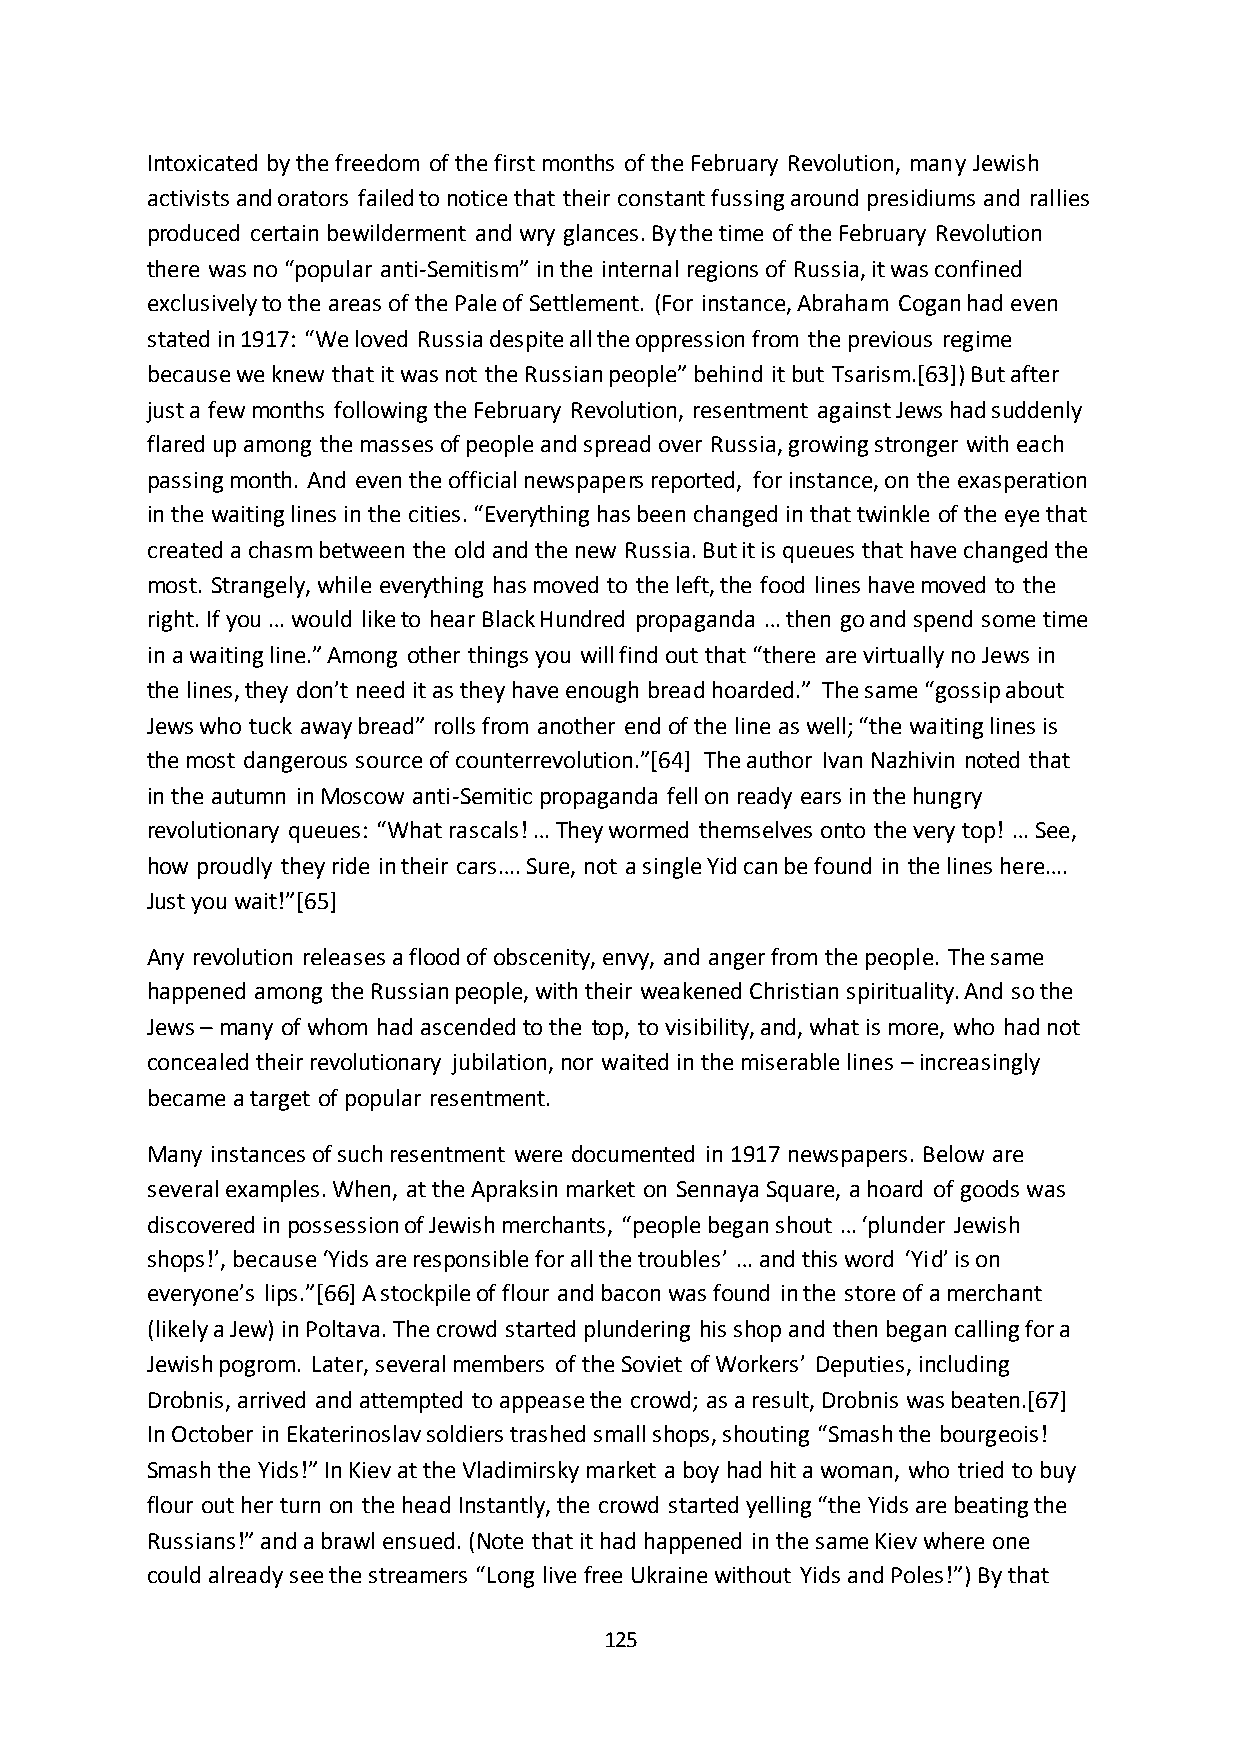
Intoxicated by the freedom of the first months of the February Revolution, many Jewish
 activists and orators failed to notice that their constant fussing around presidiums and rallies
 produced certain bewilderment and wry glances. By the time of the February Revolution
 there was no “popular anti-Semitism” in the internal regions of Russia, it was confined
 exclusively to the areas of the Pale of Settlement. (For instance, Abraham Cogan had even
 stated in 1917: “We loved Russia despite all the oppression from the previous regime
 because we knew that it was not the Russian people” behind it but Tsarism.[63]) But after
 just a few months following the February Revolution, resentment against Jews had suddenly
 flared up among the masses of people and spread over Russia, growing stronger with each
 passing month. And even the official newspapers reported, for instance, on the exasperation
 in the waiting lines in the cities. “Everything has been changed in that twinkle of the eye that
 created a chasm between the old and the new Russia. But it is queues that have changed the
 most. Strangely, while everything has moved to the left, the food lines have moved to the
 right. If you … would like to hear Black Hundred propaganda … then go and spend some time
 in a waiting line.” Among other things you will find out that “there are virtually no Jews in
 the lines, they don’t need it as they have enough bread hoarded.” The same “gossip about
 Jews who tuck away bread” rolls from another end of the line as well; “the waiting lines is
 the most dangerous source of counterrevolution.”*64+ The author Ivan Nazhivin noted that
 in the autumn in Moscow anti-Semitic propaganda fell on ready ears in the hungry
 revolutionary queues: “What rascals! … They wormed themselves onto the very top! … See,
 how proudly they ride in their cars…. Sure, not a single Yid can be found in the lines here….
 Just you wait!”*65+
 Any revolution releases a flood of obscenity, envy, and anger from the people. The same
 happened among the Russian people, with their weakened Christian spirituality. And so the
 Jews – many of whom had ascended to the top, to visibility, and, what is more, who had not
 concealed their revolutionary jubilation, nor waited in the miserable lines – increasingly
 became a target of popular resentment.
 Many instances of such resentment were documented in 1917 newspapers. Below are
 several examples. When, at the Apraksin market on Sennaya Square, a hoard of goods was
 discovered in possession of Jewish merchants, “people began shout … ‘plunder Jewish
 shops!’, because ‘Yids are responsible for all the troubles’ … and this word ‘Yid’ is on
 everyone’s lips.”*66+ A stockpile of flour and bacon was found in the store of a merchant
 (likely a Jew) in Poltava. The crowd started plundering his shop and then began calling for a
 Jewish pogrom. Later, several members of the Soviet of Workers’ Deputies, including
 Drobnis, arrived and attempted to appease the crowd; as a result, Drobnis was beaten.[67]
 In October in Ekaterinoslav soldiers trashed small shops, shouting “Smash the bourgeois!
 Smash the Yids!” In Kiev at the Vladimirsky market a boy had hit a woman, who tried to buy
 flour out her turn on the head Instantly, the crowd started yelling “the Yids are beating the
 Russians!” and a brawl ensued. (Note that it had happened in the same Kiev where one
 could already see the streamers “Long live free Ukraine without Yids and Poles!”) By that
 125